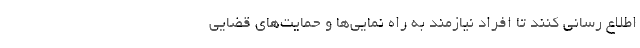
اطلاع رسانی کنند تا افراد نیازمند به راه نمایی‌ها و حمایت‌های قضایی